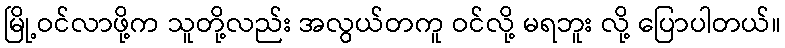
မြို့ဝင်လာဖို့က သူတို့လည်း အလွယ်တကူ ဝင်လို့ မရဘူး လို့ ပြောပါတယ်။